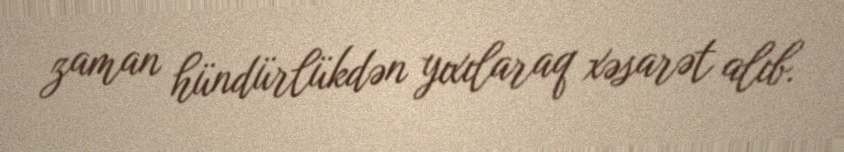
zaman hündürlükdən yıxılaraq xəsarət alıb.